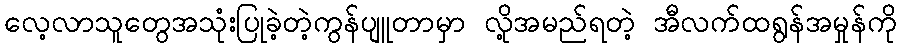
လေ့လာသူတွေအသုံးပြုခဲ့တဲ့ကွန်ပျူတာမှာ လို့အမည်ရတဲ့ အီလက်ထရွန်အမှုန်ကို